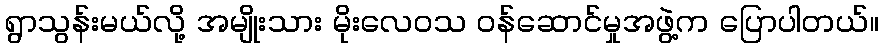
ရွာသွန်းမယ်လို့ အမျိုးသား မိုးလေဝသ ဝန်ဆောင်မှုအဖွဲ့က ပြောပါတယ်။